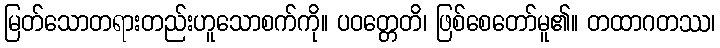
မြတ်သောတရားတည်းဟူသောစက်ကို။ ပဝတ္တေတိ၊ ဖြစ်စေတော်မူ၏။ တထာဂတဿ၊